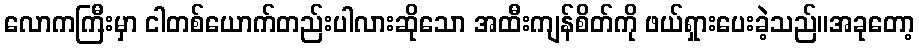
လောကကြီးမှာ ငါတစ်ယောက်တည်းပါလားဆိုသော အထီးကျန်စိတ်ကို ဖယ်ရှားပေးခဲ့သည်။အခုတော့